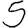
Digit: 5